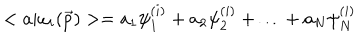
< a | \omega _ { i } ( \vec { p } ) > = a _ { 1 } \psi _ { 1 } ^ { ( i ) } + a _ { 2 } \psi _ { 2 } ^ { ( i ) } + \ldots + a _ { N } \psi _ { N } ^ { ( i ) }